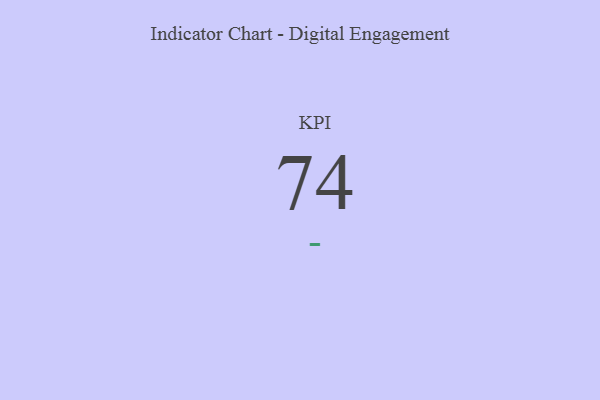
{"axis": {"x": "KPI", "y": "Value"}, "legend": [""], "data": [{"x": "KPI", "y": 74, "type": ""}]}